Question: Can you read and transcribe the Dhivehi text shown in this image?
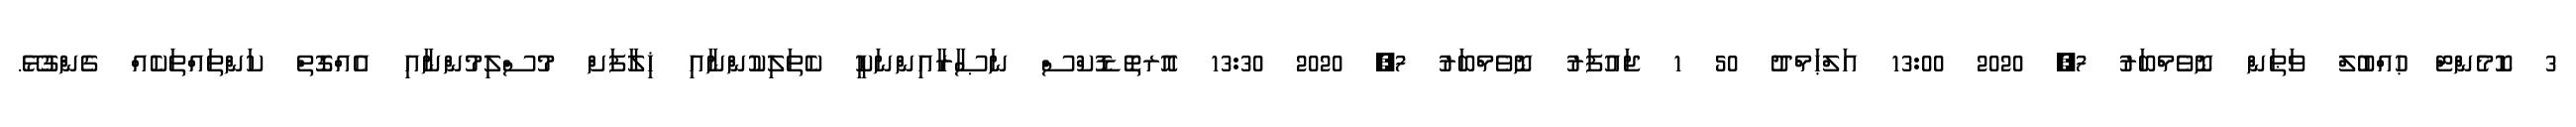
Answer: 3 ކޮމެންޓް ޙުއްބުލް ވަޠަން ނޮވެމްބަރު 7, 2020 13:00 އަލްޙަމްދު 50 1 ޖައުފަރު ނޮވެމްބަރު 7, 2020 13:30 އޮރތޮޑޮކްސް ނަޞާރާއިންނަކީ ކެތަލިކުންނާއި ޚިލާފަށް މުސްލިމުންނާއި އެއްގޮތް ކަންތައްތަކެއް ގެންގުޅޭ.